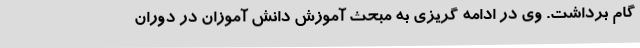
گام برداشت. وی در ادامه گریزی به مبحث آموزش دانش آموزان در دوران